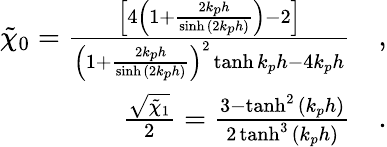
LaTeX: \begin{array}{r}{\tilde{\chi}_{0}=\frac{\left[4\left(1+\frac{2k_{p}h}{\sinh{(2k_{p}h)}}\right)-2\right]}{\left(1+\frac{2k_{p}h}{\sinh{(2k_{p}h)}}\right)^{2}\operatorname{tanh}{k_{p}h}-4k_{p}h}\quad,}\\ {\frac{\sqrt{\tilde{\chi}_{1}}}{2}=\frac{3-\operatorname{tanh}^{2}{(k_{p}h)}}{2\operatorname{tanh}^{3}{(k_{p}h)}}\quad.}\end{array}